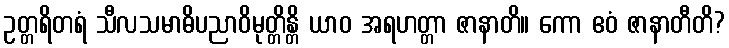
ဥတ္တရိတရံ သီလသမာဓိပညာဝိမုတ္တိန္တိ ယာဝ အရဟတ္တာ ဇာနာတိ။ ကော ဧဝံ ဇာနာတီတိ?